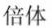
倍体